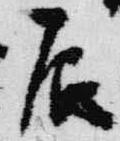
辰